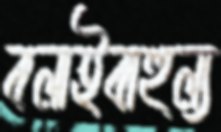
বলাইবাহুল্য